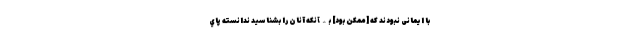
با ايمانى نبودند كه [ممكن بود] بىآنكه آنان را بشناسيد ندانسته پاي